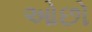
ઓછો